Code of medical and sanitary regulations for the guidance of medical officers serving in the Madras Presidency - Volume II
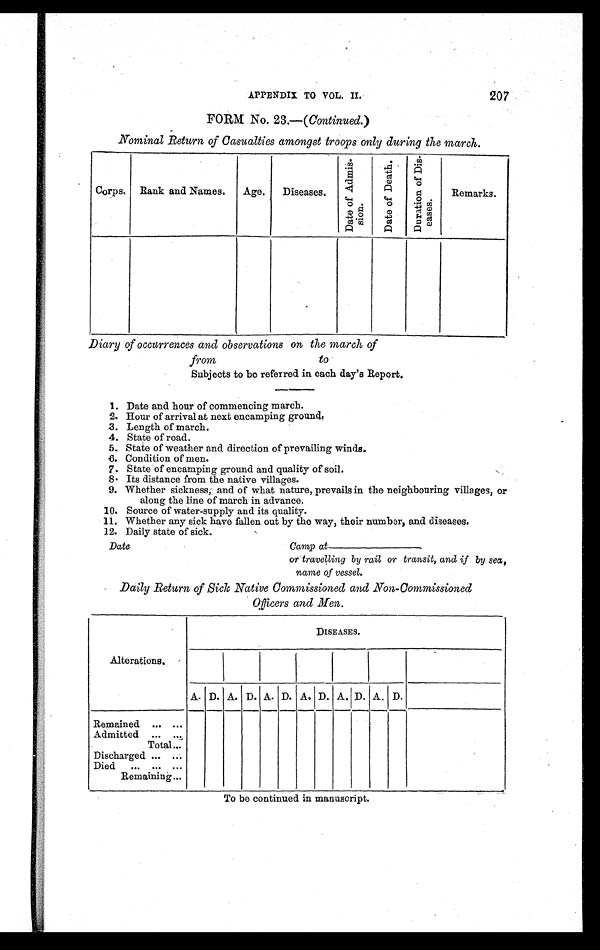
207
APPENDIX TO VOL. II
FORM No. 23.—( Continued.)
Nominal Return of Casualties amongst troops only during the march.
Corps. Rank and Names.
Age.
Diseases.
D a t e o f A d m i s s i o n .
D a t e o f D e a t h .
D u r a t i o n o f D i s e a s e s .
Remarks.
Diary of occurrences and observations on the march of
from
to
Subjects to be referred in each day's Report.
1. Date and hour of commencing march.
2. Hour of arrival at next encamping grounds,
3. Le ngt h of ma r c h.
4. State of road.
5. State of weather and direction of prevailing winds.
6. Condition of men.
7. State of encamping ground and quality of soil.
8. Its distance from the native villages.
9. Whether sickness, and of what nature, prevails in the neighbouring villages, or
along the line of march in advance.
10. Source of water-supply and its quality.
11. Whether any sick have fallen out by the way, their number, and diseases.
12. Daily state of sick.
Camp at
or travelling by rail or transit, and if by sea,
name of vessel.
Daily Return of Sick Native Commissioned and Non-Commissioned
Officers and Men.
DISEASES.
Alterations.
A. D. A. D. A. D. A. D. A. D. A. D.
Remained ... ...
Admitted ... ...
Total... . . .
Discharged ... ...
Died ... ... ...
Remaining . . .
To be continued in manuscript.
Date